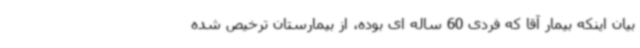
بیان اینکه بیمار آقا که فردی 60 ساله ای بوده، از بیمارستان ترخیص شده